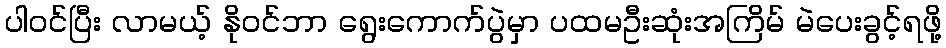
ပါဝင်ပြီး လာမယ့် နိုဝင်ဘာ ရွေးကောက်ပွဲမှာ ပထမဦးဆုံးအကြိမ် မဲပေးခွင့်ရဖို့